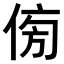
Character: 𠊓